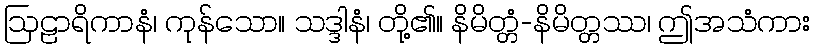
ဩဠာရိကာနံ၊ ကုန်သော။ သဒ္ဒါနံ၊ တို့၏။ နိမိတ္တံ-နိမိတ္တဿ၊ ဤအသံကား